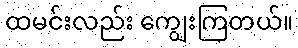
ထမင်းလည်း ကျွေးကြတယ်။